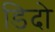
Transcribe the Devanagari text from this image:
डिदो